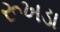
રૂખડા